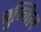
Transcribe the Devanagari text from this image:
बुन्चिल